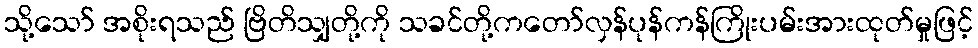
သို့သော် အစိုးရသည် ဗြိတိသျှတို့ကို သခင်တို့ကတော်လှန်ပုန်ကန်ကြိုးပမ်းအားထုတ်မှုဖြင့်